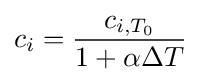
c_{i}={\frac {c_{i,T_{0}}}{1+\alpha \Delta T}}